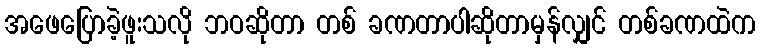
အဖေပြောခဲ့ဖူးသလို ဘဝဆိုတာ တစ် ခဏတာပါဆိုတာမှန်လျှင် တစ်ခဏထဲက